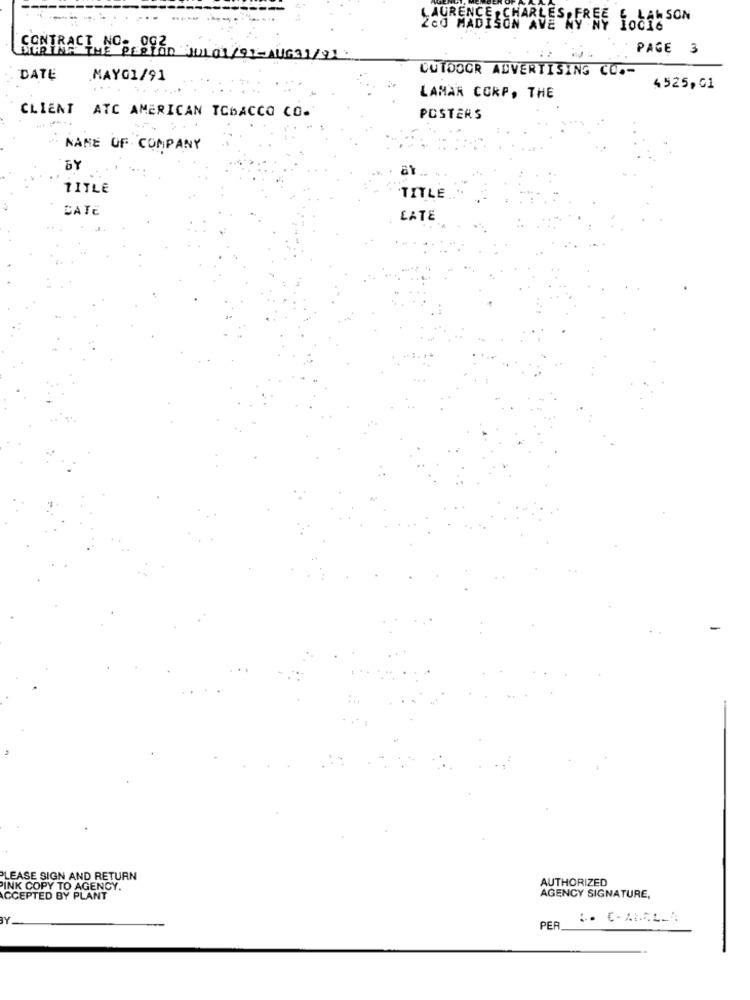
----
LAURENCE & CHARLES FREE LOL : SON
CONTRACT NO- 0G2
PAGE 3
MARINA THE PERIOD JULOT/91-AUG31/91 .
OUTDOOR ADVERTISING CO .-
DATE
MAYO1/91
4525,01
LAMAR CORP, THE
CLIENT ATC AMERICAN TOBACCO CO-
POSTERS
NAME OF COMPANY
BY
TITLE
TITLE ..
CATE
LATE
PLEASE SIGN AND RETURN
AUTHORIZED
INK COPY TO AGENCY.
ACCEPTED BY PLANT
AGENCY SIGNATURE,
BY
PER